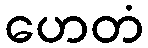
ဟေတံ